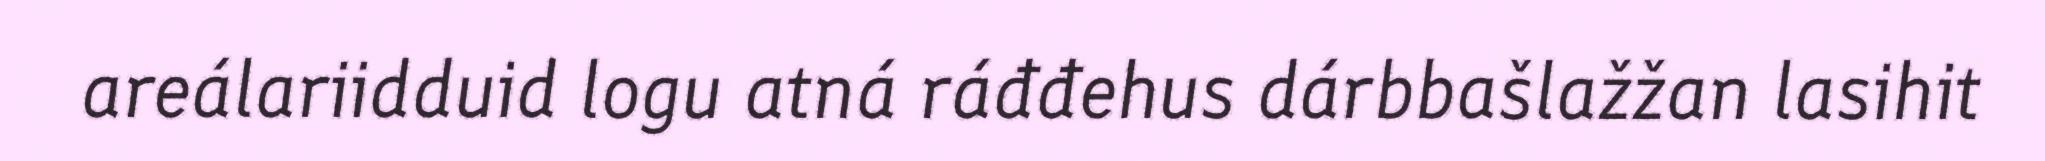
areálariidduid logu atná ráđđehus dárbbašlažžan lasihit